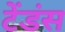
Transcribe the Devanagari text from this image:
टेंडंस